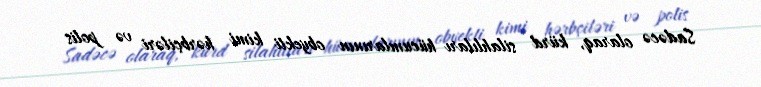
Sadəcə olaraq, kürd silahlıları hücumlarının obyekti kimi hərbçiləri və polis